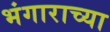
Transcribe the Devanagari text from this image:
भंगाराच्या